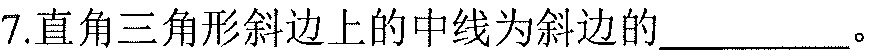
7.直角三角形斜边上的中线为斜边的__________。